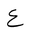
Letter: _ayn